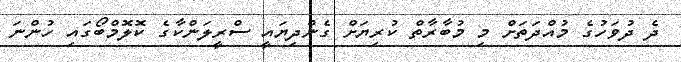
ދެ ދުވަަހުގެ މުއްދަތަށް މި މުބާރާތް ކުރިޔަށް ގެންދިޔައީ ސްރީލަންކާގެ ކޮލޮމްބޯގައި ހުންނަ